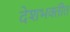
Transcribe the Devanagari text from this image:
देशभक्तीत